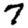
Digit: 7